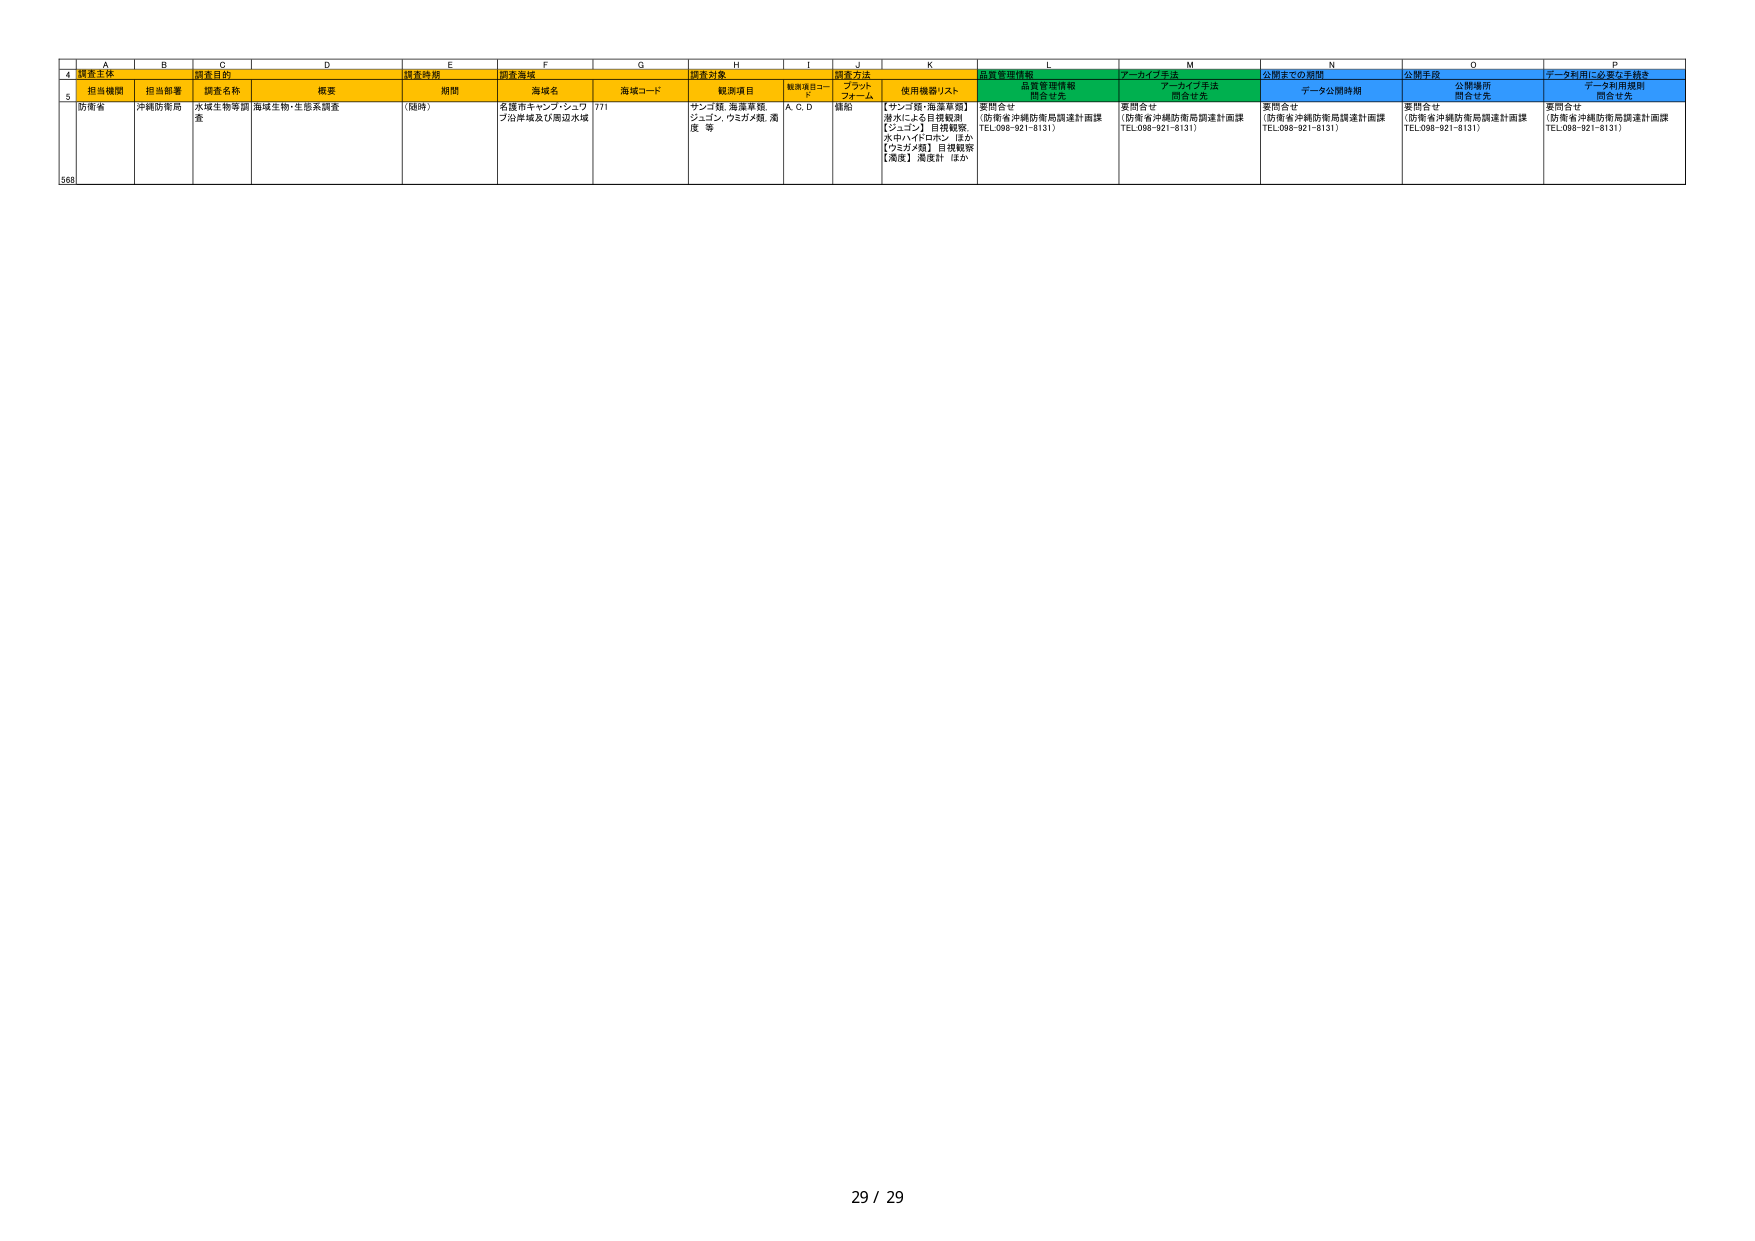
A4: 調査主体
B4: 担当機関
C4: 調査目的
D4: 概要
E4: 調査時期
F4: 調査海域
G4: 調査対象
H4: 観測項目
I4: 観測項目コード
J4: 調査方法
K4: 使用機器リスト
L4: 品質管理情報
M4: アーカイブ手法
N4: 公開までの期間
O4: 公開手段
P4: データ利用に必要な手続き

A5: 防衛省
B5: 沖縄防衛局
C5: 水域生物等調査
D5: 海域生物・生態系調査
E5: （随時）
F5: 名護市キャンプ・シュワブ沿岸域及び周辺水域
G5: 771
H5: サンゴ類、海藻草類、ジュゴン、ウミガメ類、濁度 等
I5: A、C、D
J5: 操船
K5: 【サンゴ類・海藻草類】潜水による目視観測
【ジュゴン】目視観測、水中ハイドロホン（または）
【ウミガメ類】目視観測
【濁度】濁度計、ほか
L5: 要問合せ
（防衛省沖縄防衛局調達計画課 TEL.098-921-8131）
M5: 要問合せ
（防衛省沖縄防衛局調達計画課 TEL.098-921-8131）
N5: 要問合せ
（防衛省沖縄防衛局調達計画課 TEL.098-921-8131）
O5: 要問合せ
（防衛省沖縄防衛局調達計画課 TEL.098-921-8131）
P5: 要問合せ
（防衛省沖縄防衛局調達計画課 TEL.098-921-8131）

A568: 568

ページ下部: 29 / 29